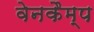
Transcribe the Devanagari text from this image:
वेनकैम्प